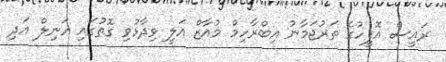
ރައީސް އޮފީހުގެ ތަރުޖަމާނު އިބްރާހިމް މުއާޒް އަލީ ވިދާޅުވި ގޮތުގައި އަނިލް އަދި